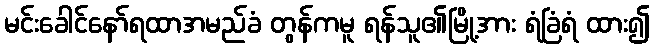
မင်းခေါင်နော်ရထာအမည်ခံ တွန်ကမူ ရန်သူ၏မြို့အား ရံခြံရံ ထား၍